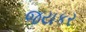
જયકર